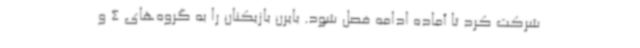
شرکت کرد تا آماده ادامه فصل شود. بایرن بازیکنان را به گروه‌های 4 و